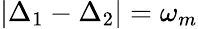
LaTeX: |\Delta_{1}-\Delta_{2}|=\omega_{m}